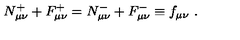
N _ { \mu \nu } ^ { + } + F _ { \mu \nu } ^ { + } = N _ { \mu \nu } ^ { - } + F _ { \mu \nu } ^ { - } \equiv f _ { \mu \nu } \ .